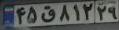
۴۵ق۸۱۲۲۹